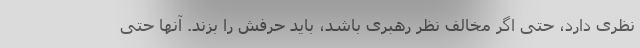
نظری دارد، حتی اگر مخالف نظر رهبری باشد، باید حرفش را بزند. آنها حتی